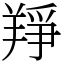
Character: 䍵